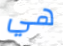
هي